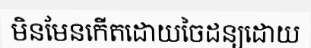
មិនមែនកើតដោយចៃដន្យដោយ